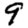
Digit: 9